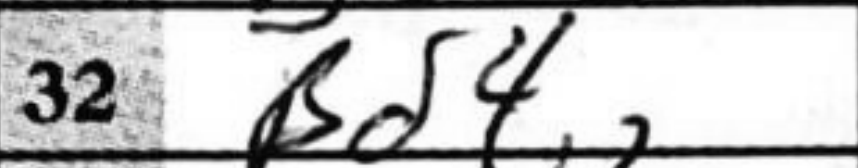
Transcription: Bd4